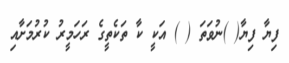
ފިޔާ ފިޔާ( )ނުވަތަ ( ) އަކީ ކާ ތަކެތީގެ ރަހަމީރު ކުރުމަށާއި